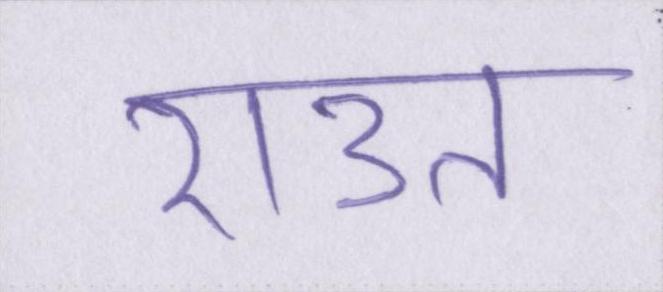
राउत